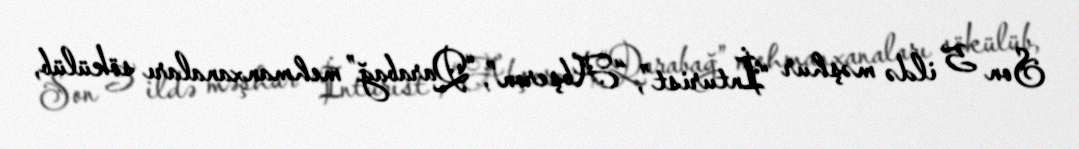
Son 5 ildə məşhur “İnturist”, “Abşeron”, “Qarabağ” mehmanxanaları sökülüb,